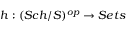
h : ( S c h / S ) ^ { o p } \to S e t s